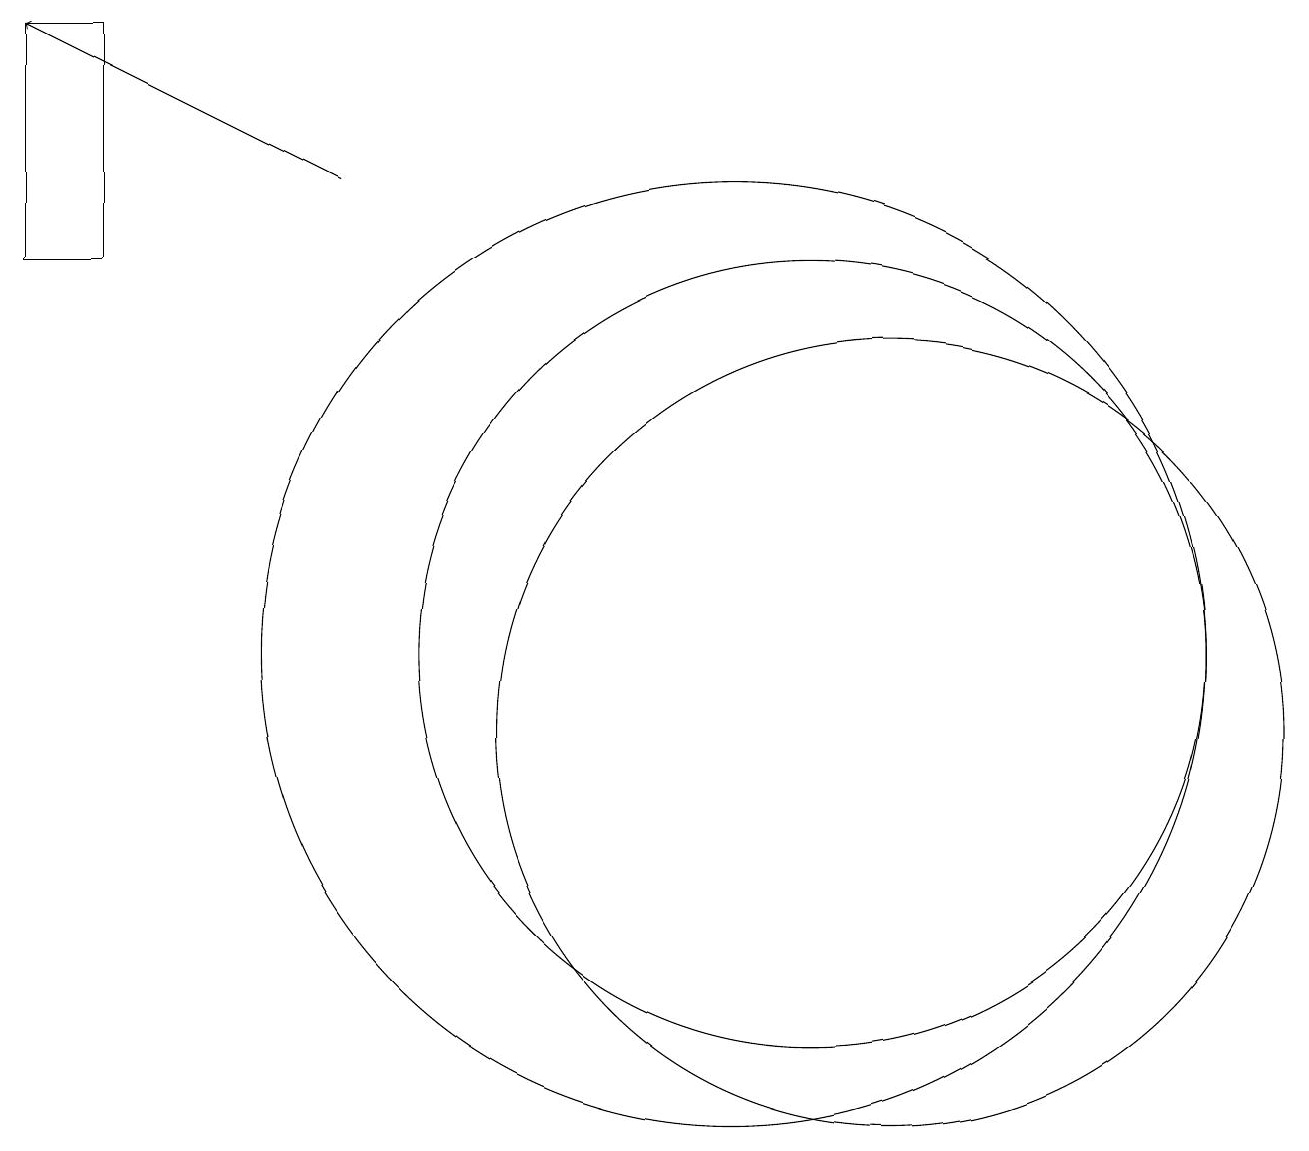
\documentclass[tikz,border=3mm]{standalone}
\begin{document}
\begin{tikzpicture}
\draw (2,19) rectangle (1,16);
\draw (12,10) circle (5);
\draw (11,11) circle (5);
\draw[->] (5,17) -- (1,19);
\draw (10,11) circle (6);
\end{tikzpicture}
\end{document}